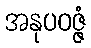
အနုပဝဇ္ဇံ